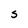
Character: S